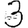
Digit: 3